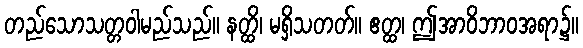
တည်သောသတ္တဝါမည်သည်။ နတ္ထိ၊ မရှိသတတ်။ ဧတ္ထ၊ ဤအာဝိဘာဝအရာ၌။